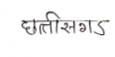
मजकूर: छत्तीसगड